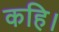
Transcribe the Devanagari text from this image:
कहि।